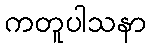
ကတူပါသနာ